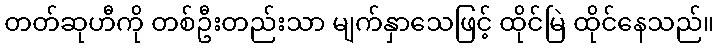
တတ်ဆုဟီကို တစ်ဦးတည်းသာ မျက်နှာသေဖြင့် ထိုင်မြဲ ထိုင်နေသည်။